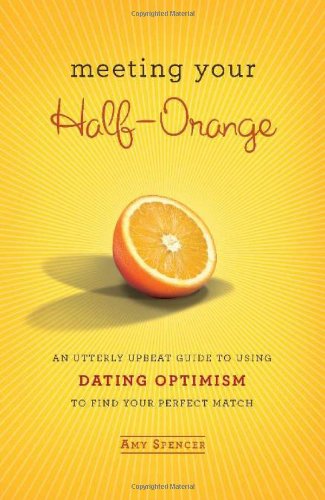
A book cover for Meeting Your Half-Orange: An Utterly Upbeat Guide to Using Dating Optimism to Find Your Perfect Match; Amy Spencer; Self-Help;